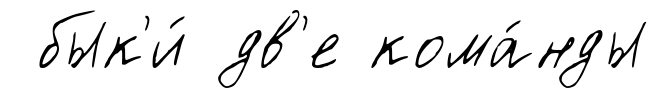
бык'и́ дв'е кома́нды